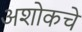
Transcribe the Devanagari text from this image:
अशोकचे